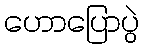
ဟောပြောပွဲ